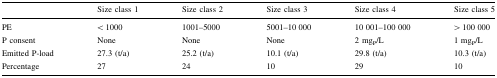
|  | Size class 1 | Size class 2 | Size class 3 | Size class 4 | Size class 5 |
 | --- | --- | --- | --- | --- | --- |
 | PE | < 1000 | 1001–5000 | 5001–10 000 | 10 001–100 000 | > 100 000 |
 | P consent | None | None | None | 2 mgP/L | 1 mgP/L |
 | Emitted P-load | 27.3 (t/a) | 25.2 (t/a) | 10.1 (t/a) | 29.8 (t/a) | 10.3 (t/a) |
 | Percentage | 27 | 24 | 10 | 29 | 10 |